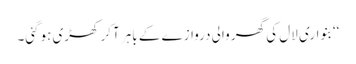
‘‘بنواری لال کی گھر والی دروازے کے باہر آکر کھڑی ہوگئی۔